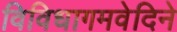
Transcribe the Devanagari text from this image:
विविधागमवेदिने